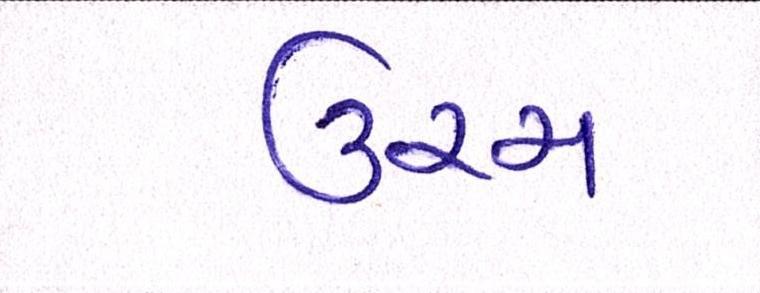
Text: ઉચ્ચ